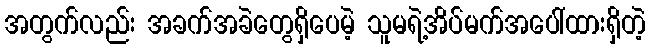
အတွက်လည်း အခက်အခဲတွေရှိပေမဲ့ သူမရဲ့အိပ်မက်အပေါ်ထားရှိတဲ့